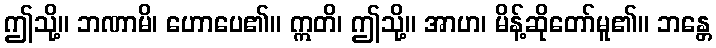
ဤသို့။ ဘဏာမိ၊ ဟောပေ၏။ ဣတိ၊ ဤသို့။ အာဟ၊ မိန့်ဆိုတော်မူ၏။ ဘန္တေ